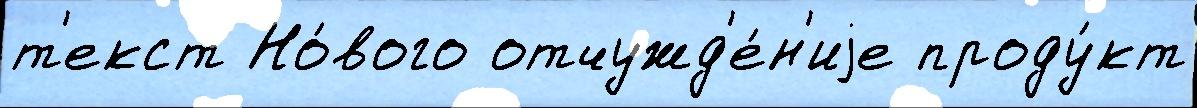
т'екст Но́вого отчужд'е́н'иjе проду́кт